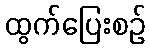
ထွက်ပြေးစဉ်